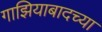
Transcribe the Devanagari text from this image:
गाझियाबादच्या